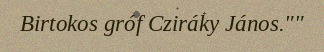
Birtokos gróf Cziráky János.""